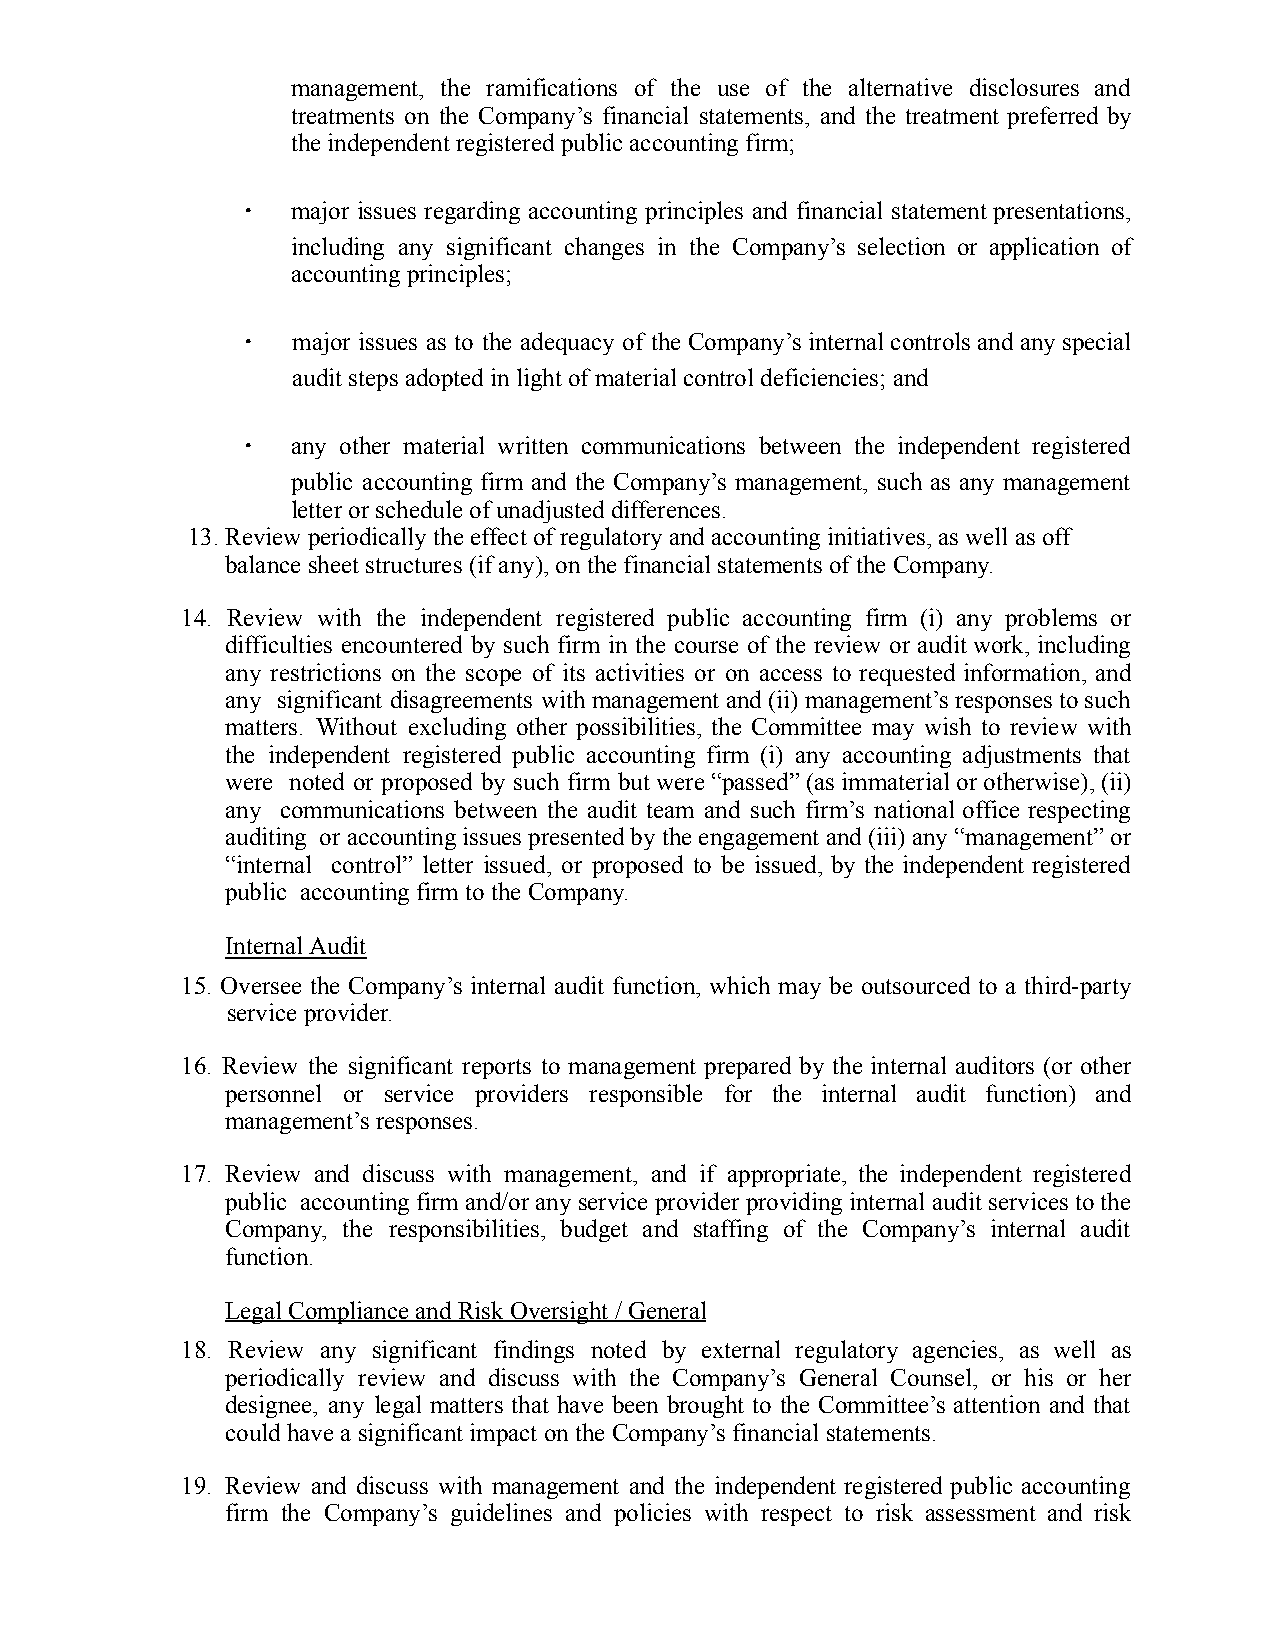
management, the ramifications of the use of the alternative disclosures and
 treatments on the Company’s financial statements, and the treatment preferred by
 theindependent registeredpublic accountingfirm;
 ∙  major issues regarding accounting principles and financial statementpresentations,
 including any significant changes in the Company’s selection or application of
 accounting principles;
 ∙  major issues as to the adequacy of the Company’sinternal controls andanyspecial
 audit stepsadopted inlight ofmaterialcontrol deficiencies;and
 ∙  any other material written communications between the independent registered
 public accounting firm and the Company’s management, such as any management
 letter or schedule ofunadjusteddifferences.
 13.Reviewperiodicallythe effect ofregulatoryandaccounting initiatives,aswell asoff
 balance sheetstructures (ifany), onthefinancialstatements ofthe Company.
 14. Review with the independent registered public accounting firm (i) any problems or
 difficulties encountered by such firm in the course of the review oraudit work,including
 any restrictions on the scope of its activities or on access to requested information, and
 any significant disagreements with managementand (ii)management’sresponses tosuch
 matters. Without excluding other possibilities, the Committee may wish to review with
 the independent registered public accounting firm (i) any accounting adjustments that
 were noted or proposed by such firm butwere “passed”(asimmaterial or otherwise),(ii)
 any communications between the audit team and such firm’s national office respecting
 auditing or accounting issuespresented bytheengagement and(iii) any“management”or
 “internal control” letter issued, or proposed to be issued, by the independent registered
 public accountingfirm totheCompany.
 InternalAudit
 15. Oversee the Company’s internal audit function, which may be outsourced to a third-party
 service provider.
 16. Review the significant reports to management prepared by the internal auditors (or other
 personnel or service providers responsible for the internal audit function) and
 management’s responses.
 17. Review and discuss with management, and if appropriate, the independent registered
 public accountingfirm and/oranyservice providerproviding internal audit servicestothe
 Company, the responsibilities, budget and staffing of the Company’s internal audit
 function.
 LegalCompliance andRiskOversight/General
 18. Review any significant findings noted by external regulatory agencies, as well as
 periodically review and discuss with the Company’s General Counsel, or his or her
 designee, any legal matters that have been brought to the Committee’s attention and that
 couldhavea significant impactontheCompany’s financialstatements.
 19. Review and discuss with management and the independent registered public accounting
 firm the Company’s guidelines and policies with respect to risk assessment and risk